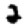
Digit: 2